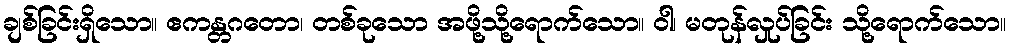
ချစ်ခြင်းရှိသော။ ဧကန္တဂတော၊ တစ်ခုသော အဖို့သို့ရောက်သော။ ဝါ၊ မတုန်လှုပ်ခြင်း သို့ရောက်သော။